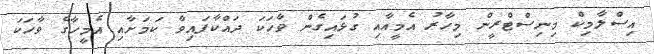
އިސްލާމިކް މިނިސްޓްރީން މިހާރު އެމީއާއި ގުޅައިގެން ވާހަކަ ދައްކާފައިވާ ކަމަށާއި އެމީހާގެ ވާހަކަ